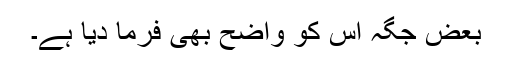
بعض جگہ اس کو واضح بھی فرما دیا ہے۔